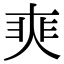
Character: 𡘼